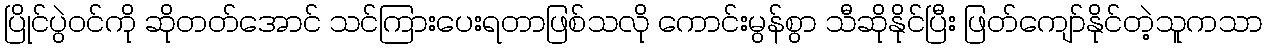
ပြိုင်ပွဲဝင်ကို ဆိုတတ်အောင် သင်ကြားပေးရတာဖြစ်သလို ကောင်းမွန်စွာ သီဆိုနိုင်ပြီး ဖြတ်ကျော်နိုင်တဲ့သူကသာ